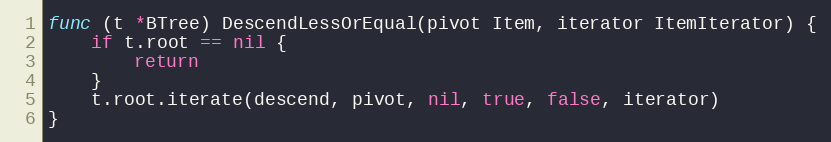
Language: Go
func (t *BTree) DescendLessOrEqual(pivot Item, iterator ItemIterator) {
	if t.root == nil {
		return
	}
	t.root.iterate(descend, pivot, nil, true, false, iterator)
}